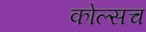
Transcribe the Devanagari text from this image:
कोल्सच